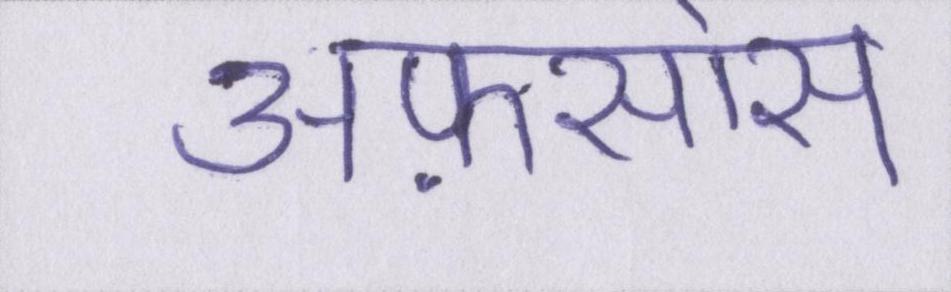
अफ़सोस